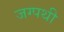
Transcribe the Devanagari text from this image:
जग्पथी